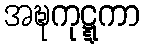
အဍ္ဎကုဋ္ဋကာ